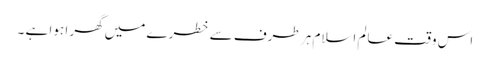
اس وقت عالم اسلام ہر طرف سے خطرے میں گھر ا ہوا ہے ۔